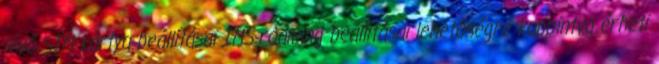
lévő SIM kártya beállításai IMS-roaming beállításai lehetőségre koppintva érheti